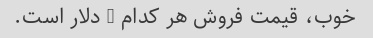
خوب، قیمت فروش هر کدام 1 دلار است.